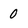
Character: 0